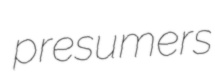
presumers